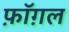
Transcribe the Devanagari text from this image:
फ़ॉग़ल